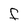
Character: F